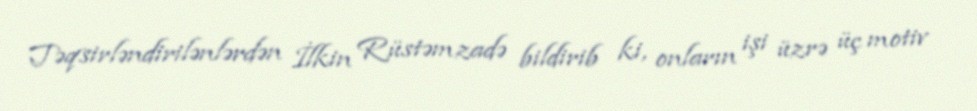
Təqsirləndirilənlərdən İlkin Rüstəmzadə bildirib ki, onların işi üzrə üç motiv